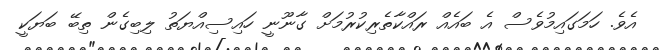
އެވެ. ހަމަގައިމުވެސް އެ ބައެއް ރައްކާތެރިކުރުމަށް ގާނޫނީ ހައިސިއްޔަތު ލިބިގެން ތިބޭ ބަޔަކީ